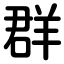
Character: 群